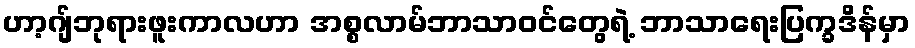
ဟာ့ဂျ်ဘုရားဖူးကာလဟာ အစ္စလာမ်ဘာသာဝင်တွေရဲ့ ဘာသာရေးပြက္ခဒိန်မှာ